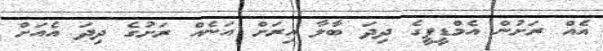
އެއް ރަށުން އެމްޑީޕީގެ ދިދަ ބާލާ އިރަށް އަނެއް ރަށުގެ ދިދަ އެއަށް